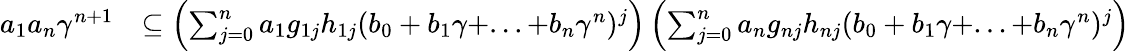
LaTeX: \begin{array}{rl}{a_{1}a_{n}\gamma^{n+1}}&{\subseteq\left(\sum_{j=0}^{n}a_{1}g_{1j}h_{1j}(b_{0}+b_{1}\gamma+...+b_{n}\gamma^{n})^{j}\right)\left(\sum_{j=0}^{n}a_{n}g_{nj}h_{nj}(b_{0}+b_{1}\gamma+...+b_{n}\gamma^{n})^{j}\right)}\end{array}